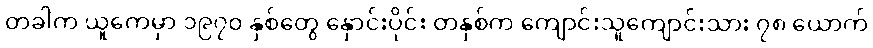
တခါက ယူကေမှာ ၁၉၇၀ နှစ်တွေ နှောင်းပိုင်း တနှစ်က ကျောင်းသူကျောင်းသား ၇၈ ယောက်